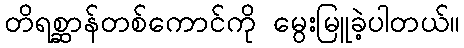
တိရစ္ဆာန်တစ်ကောင်ကို မွေးမြူခဲ့ပါတယ်။